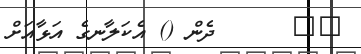
١٠      ދެން () އެކަލާނގެ އަޅާއަށް